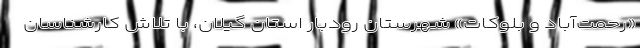
«رحمت‌آباد و بلوکات» شهرستان رودبار استان گیلان، با تلاش کارشناسان